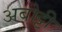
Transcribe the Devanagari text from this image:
अबोट्टी